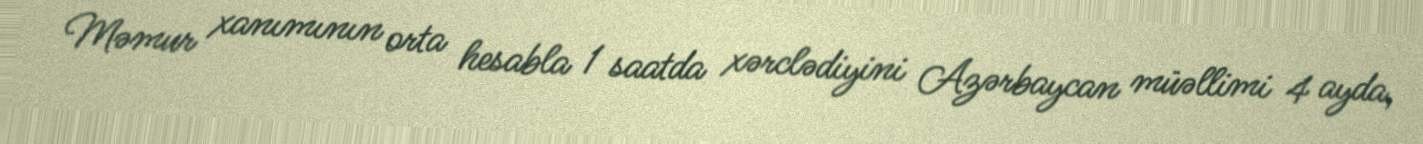
Məmur xanımının orta hesabla 1 saatda xərclədiyini Azərbaycan müəllimi 4 ayda,